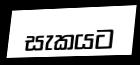
සැකයට